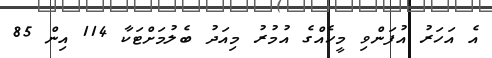
އެ އަހަރު އުފަންވި މީހެއްގެ އުމުރު މިއަދު ބެލުމަށްޓަކާ 114 އިން 85